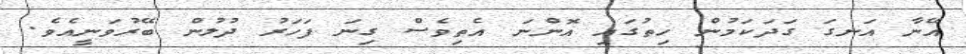
އޭނާ އަނގަ ގަދަކަމުން ހިތުގައި އޮންނަ އެތިވެސް ގިނަ ފަހަރު ދުލުން ބޭރުވަނީއެވެ.